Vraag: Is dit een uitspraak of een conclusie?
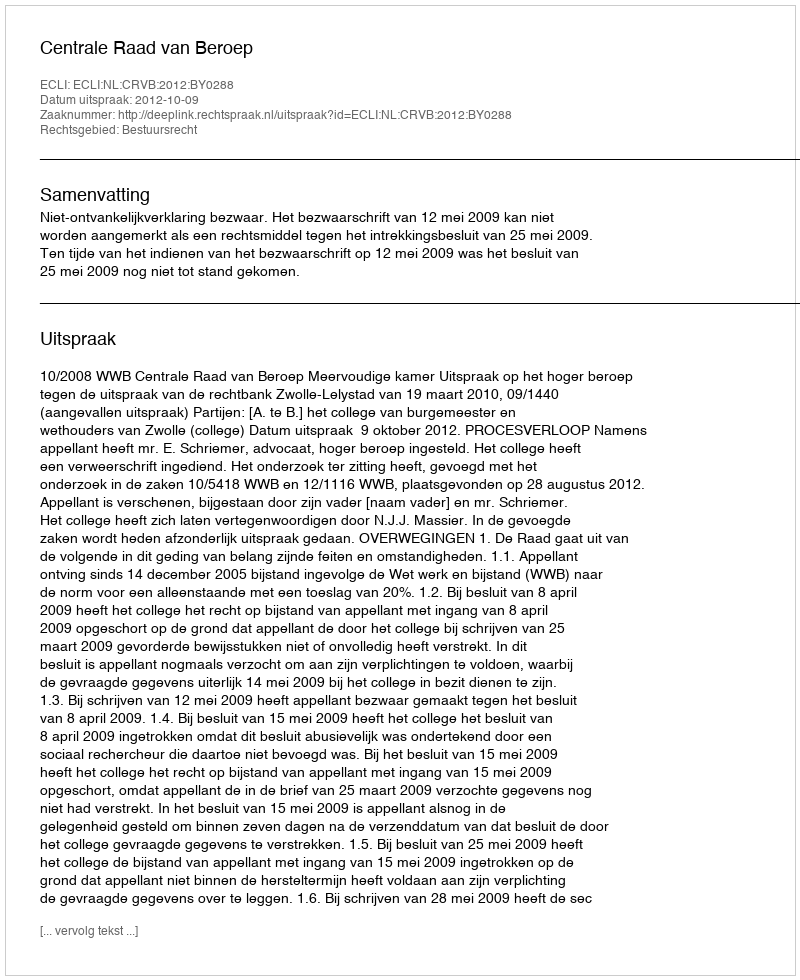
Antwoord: Uitspraak